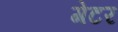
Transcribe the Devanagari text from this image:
गेटर